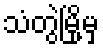
သံတွဲမြို့မှ